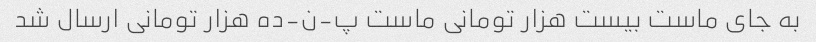
به جای ماست بیست هزار تومانی ماست پ-ن-ده هزار تومانی ارسال شد